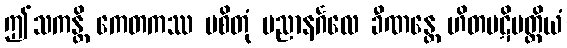
ဤသကန္တိ ကေတကဿ ပစိတုံ ပညာနင်္ဂလေ ခီဏန္တေ ဟိတပဋိပတ္တိယံ